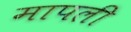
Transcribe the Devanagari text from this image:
मापली